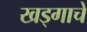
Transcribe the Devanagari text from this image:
खड्गाचे